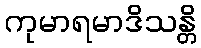
ကုမာရမာဒိသန္တိ